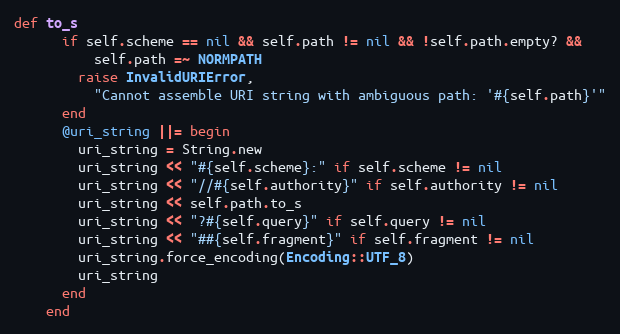
Language: Ruby
def to_s
      if self.scheme == nil && self.path != nil && !self.path.empty? &&
          self.path =~ NORMPATH
        raise InvalidURIError,
          "Cannot assemble URI string with ambiguous path: '#{self.path}'"
      end
      @uri_string ||= begin
        uri_string = String.new
        uri_string << "#{self.scheme}:" if self.scheme != nil
        uri_string << "//#{self.authority}" if self.authority != nil
        uri_string << self.path.to_s
        uri_string << "?#{self.query}" if self.query != nil
        uri_string << "##{self.fragment}" if self.fragment != nil
        uri_string.force_encoding(Encoding::UTF_8)
        uri_string
      end
    end